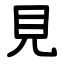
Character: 見